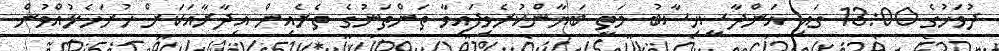
ދުވަހުގެ 13:00 ގައި އަންދާސީހިސާބު މަތީ ބަޔާންކުރެވިފައިވާ ތަންތަނުގެ ތެރެއިން އިދާރާއަކަށް ހުށަހެޅުއްވުން